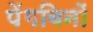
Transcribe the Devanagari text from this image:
पेंगविनों